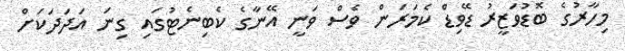
މިހާރުގެ ބޮޑުވަޒީރު ޑޭވިޑް ކެމަރަން ވެސް ވަނީ އޭނާގެ ކެބިނެޓުގައި ގިނަ އަދަދަކަށް